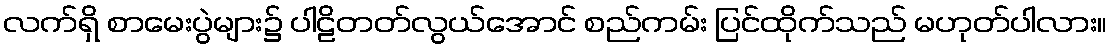
လက်ရှိ စာမေးပွဲများ၌ ပါဠိတတ်လွယ်အောင် စည်ကမ်း ပြင်ထိုက်သည် မဟုတ်ပါလား။